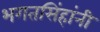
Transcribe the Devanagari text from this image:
भगतसिंहांनी